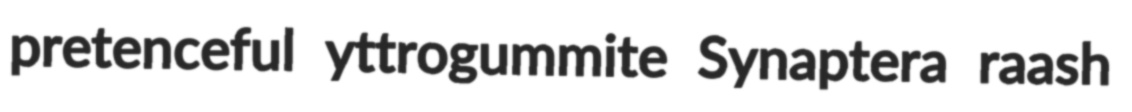
pretenceful yttrogummite Synaptera raash